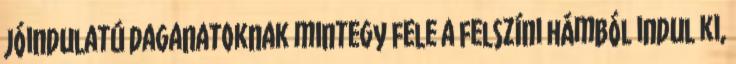
jóindulatú daganatoknak mintegy fele a felszíni hámból indul ki,